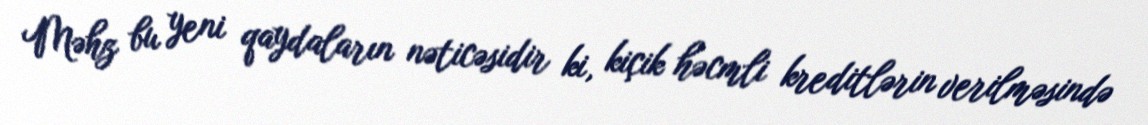
Məhz bu yeni qaydaların nəticəsidir ki, kiçik həcmli kreditlərin verilməsində